Civil Veterinary Dept. Assam report 1927-50 - 1927-1950
Year: 1927
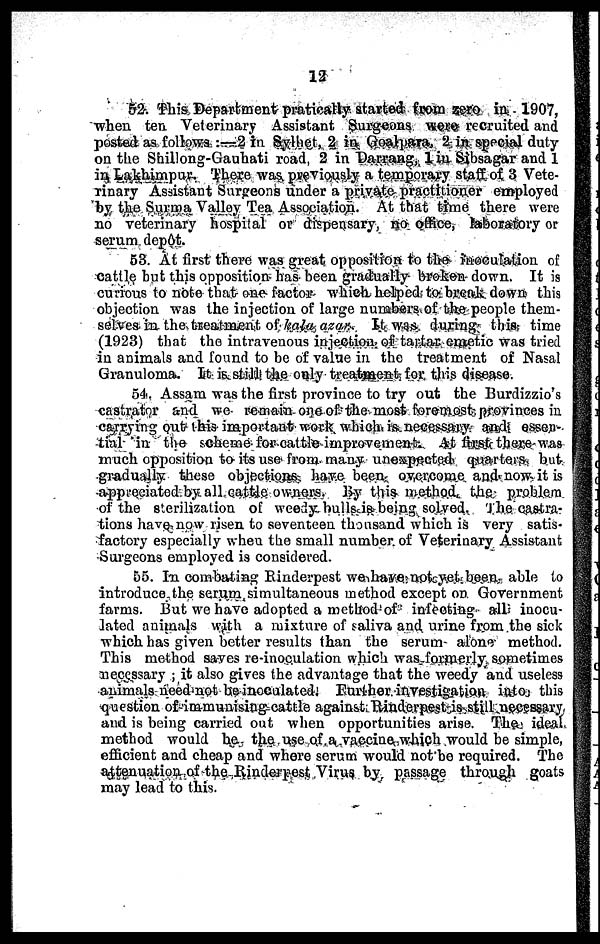
12
52. This Department praticatty stairtei from zero in -1907,
when ten Veterinary Assistant Surgeons were recruited and
posted as follows :—2 in Sylhet, 2 in Goalpara, 2- In special duty
on the Shillong-Gauhati road, 2 in "Darrang, 1 in Slbsagar and 1
in Lakhimpur. There was previously a temporary staff of 3 Vete-
rinary Assistant Surgeons under a private practitioner employed
by the Surma Valley Tea Association. At that time there were
no veterinary hospital or dispensary, no office, laboratory or
serum depôt.
58. At first there was great opposition to the inoculation of
cattle but this opposition- has been gradually broken- down. It is
curious to note that one factor which helped to break down this
objection was the injection of large numbers of the people them-
selves, in the treatment of kala- azer. It was during this time
(1923) that the intravenous injection of tartar-expetic was tried
in animals and found to be of value in the treatment of Nasal
Granuloma. It is still! the only treatment for this disease.
54. Assam was the first province to try out the Burdizzio's
Castrator and we remain one of r the most foremost-provinces in
carrying out this important work which is. necessary and essen-
tial in the scheme for-cattte improvement-. At first there was
much opposition to its use from many unexpected quarters but
gradually these objections have been overcome and now it is
appreciated.by all cattle owners By this method. the- problem
of the sterilization of weedy bulls is being solved. The castra-
tions have now risen to seventeen thousand which is very satis-
factory especially when the small number of Veterinary Assistant
Surgeons employed is considered.
55. In combating Rinderpest we have not yet been able to
introduce the serum simultaneous method except on Government
farms. But we have adopted a method of infecting all inocu
lated animals with a mixture of saliva and urine from the sick
which has given better results than the serum- alone method.
This method saves re-inoculation which was formerly sometimes
necessary ; it also gives the advantage that the weedy and useless
animals need-not he inoculated. Further. investigation- into this
question of immunising cattle against Rinderpest still necessary
and is being carried out when opportunities arise. The ideal
method would be the use of a vaccine which would be simple,
efficient and cheap and where serum would not be required. The
attenuation of the Rinderpest Virus by passage through goats
may lead to this.